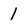
Character: 1